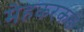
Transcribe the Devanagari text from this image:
मेहकरकडे